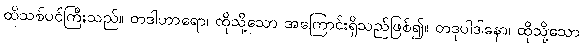
ထိုသစ်ပင်ကြီးသည်။ တဒါဟာရော၊ ထိုသို့သော အကြောင်းရှိသည်ဖြစ်၍။ တဒုပါဒါနော၊ ထိုသို့သော